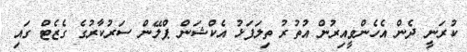
ކުރަނީ ދެން އެހެންވީއިރުން އުތުރު ތިލަފަޅު އެކްޝަން ޕްލޭން ސަރުކާރުގެ ގެޒެޓް ގައި